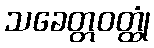
သခေတ္တဝတ္ထုံ